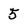
Character: 5